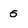
Character: 5